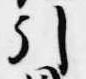
引